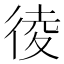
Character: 𢔁